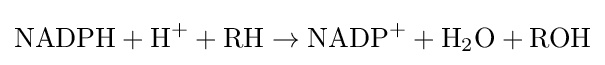
{\mbox{NADPH}}+{\mbox{H}}^{+}+{\mbox{RH}}\rightarrow {\mbox{NADP}}^{+}+{\mbox{H}}_{2}{\mbox{O}}+{\mbox{ROH}}